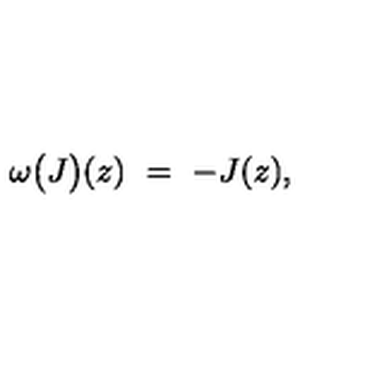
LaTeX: \omega \bigl ( J \bigr ) ( z ) \ = \ - J ( z ) ,